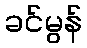
ခင်မွန်